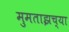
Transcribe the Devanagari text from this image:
मुमताझच्या